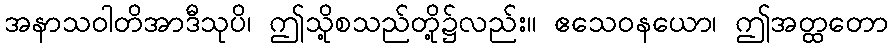
အနာသဝါတိအာဒီသုပိ၊ ဤသို့စသည်တို့၌လည်း။ ဧသေဝနယော၊ ဤအတ္ထတော